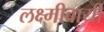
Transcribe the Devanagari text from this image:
लक्ष्मीबायी